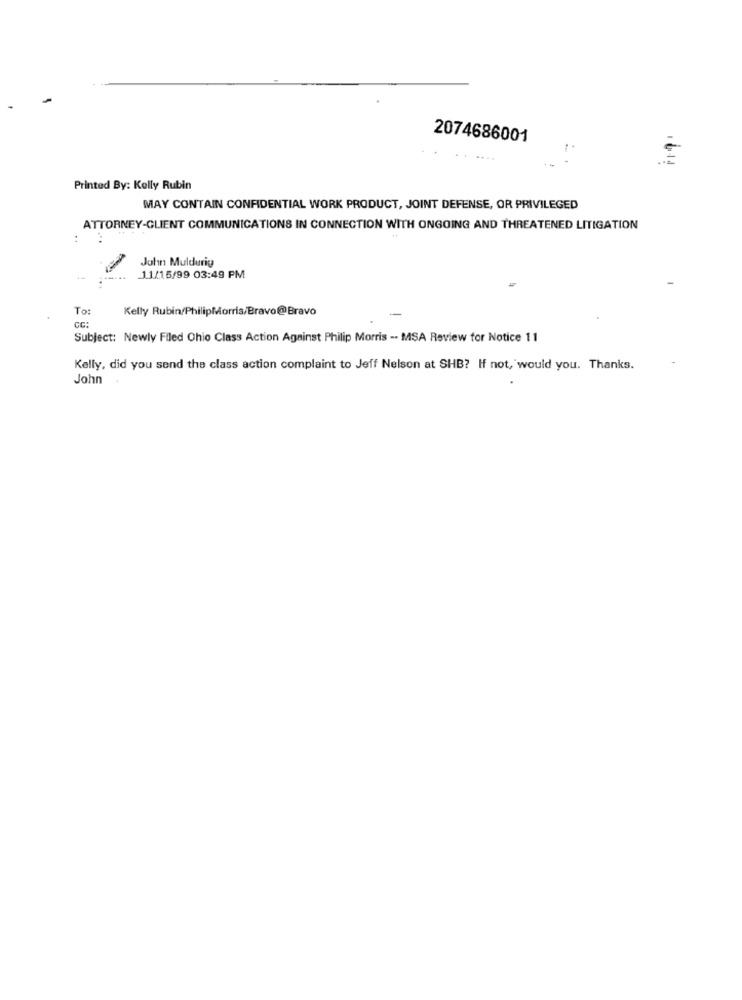
2074686001
6-11
Printed By: Kelly Rubin
MAY CONTAIN CONFIDENTIAL WORK PRODUCT, JOINT DEFENSE, OR PRIVILEGED
ATTORNEY-CLIENT COMMUNICATIONS IN CONNECTION WITH ONGOING AND THREATENED LITIGATION
Julin Muldurig
..... J.1/15/99 03:49 PM
To:
Kelly Rubin PhilipMorris/Bravo@Bravo
GG:
Subject: Newly Filed Ohio Class Action Against Philip Morris -- MSA Review for Notice 11
Kelly, did you send the class action complaint to Jeff Nelson at SHB? If not, would you. Thanks.
John